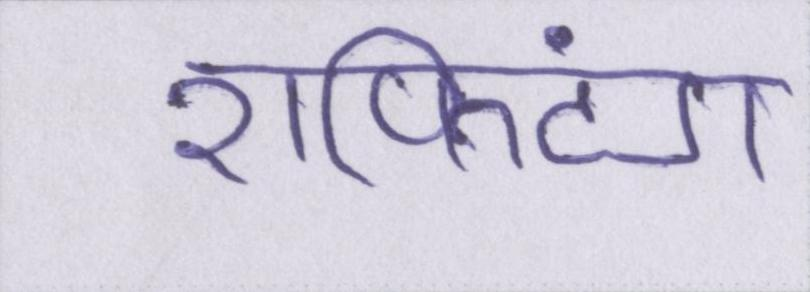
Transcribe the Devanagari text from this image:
राफ्टिंग